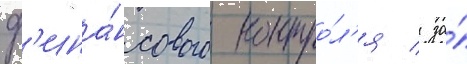
ф'ина́нсового контро́л'я / за́